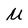
Character: U